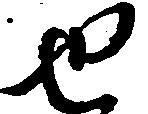
せ